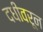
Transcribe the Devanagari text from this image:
दधीवरून